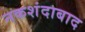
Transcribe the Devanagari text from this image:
नकशंदाबाद